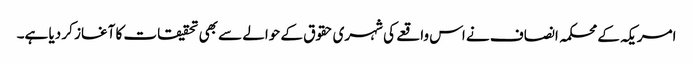
امریکہ کے محکمہ انصاف نے اس واقعے کی شہری حقوق کے حوالے سے بھی تحقیقات کا آغاز کر دیا ہے۔